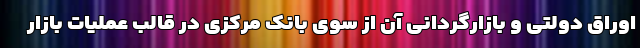
اوراق دولتی و بازارگردانی آن از سوی بانک مرکزی در قالب عملیات بازار